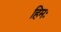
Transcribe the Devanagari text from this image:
हिमः